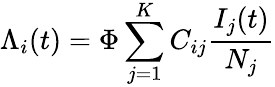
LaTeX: \Lambda_{i}(t)=\Phi\sum_{j=1}^{K}C_{ij}\frac{I_{j}(t)}{N_{j}}